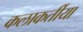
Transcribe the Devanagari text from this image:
कलाकर्तीया